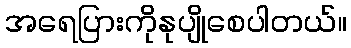
အရေပြားကိုနုပျိုစေပါတယ်။